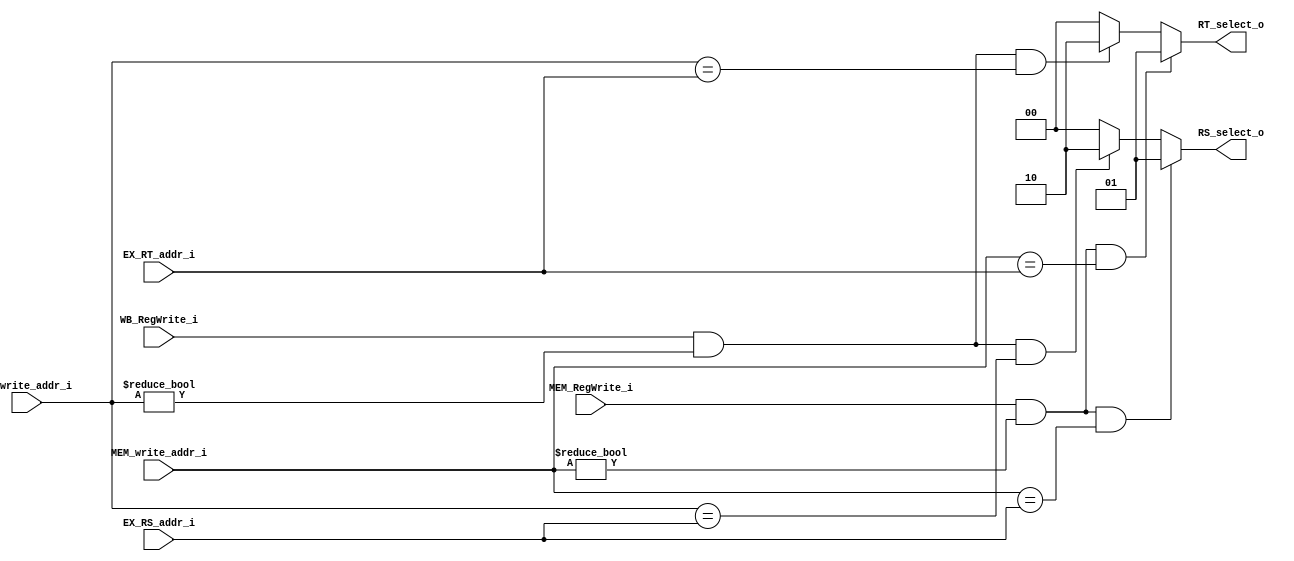
//0316055_0316313
module Forwarding(
    EX_RS_addr_i,
	EX_RT_addr_i,
	MEM_write_addr_i,
	MEM_RegWrite_i,
	WB_write_addr_i,
	WB_RegWrite_i,
	RS_select_o,
	RT_select_o
	);

	//I/O ports
	input [4:0] EX_RS_addr_i;
	input [4:0] EX_RT_addr_i;
	input [4:0] MEM_write_addr_i;
	input		MEM_RegWrite_i;
	input [4:0] WB_write_addr_i;
	input		WB_RegWrite_i;

	output reg [1:0] RS_select_o;
	output reg [1:0] RT_select_o;
	
	//Main function
	always @(*) begin
		if( MEM_RegWrite_i && MEM_write_addr_i!=0 && MEM_write_addr_i==EX_RS_addr_i)
			RS_select_o <= 2'd1;
		else if( WB_RegWrite_i && WB_write_addr_i!=0 && WB_write_addr_i==EX_RS_addr_i)
			RS_select_o <= 2'd2;
		else
			RS_select_o <= 2'd0;
	end

	always @(*) begin
		if( MEM_RegWrite_i && MEM_write_addr_i!=0 && MEM_write_addr_i==EX_RT_addr_i)
			RT_select_o <= 2'd1;
		else if( WB_RegWrite_i && WB_write_addr_i!=0 && WB_write_addr_i==EX_RT_addr_i)
			RT_select_o <= 2'd2;
		else
			RT_select_o <= 2'd0;
	end

endmodule